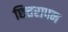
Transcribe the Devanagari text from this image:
छित्तरापन